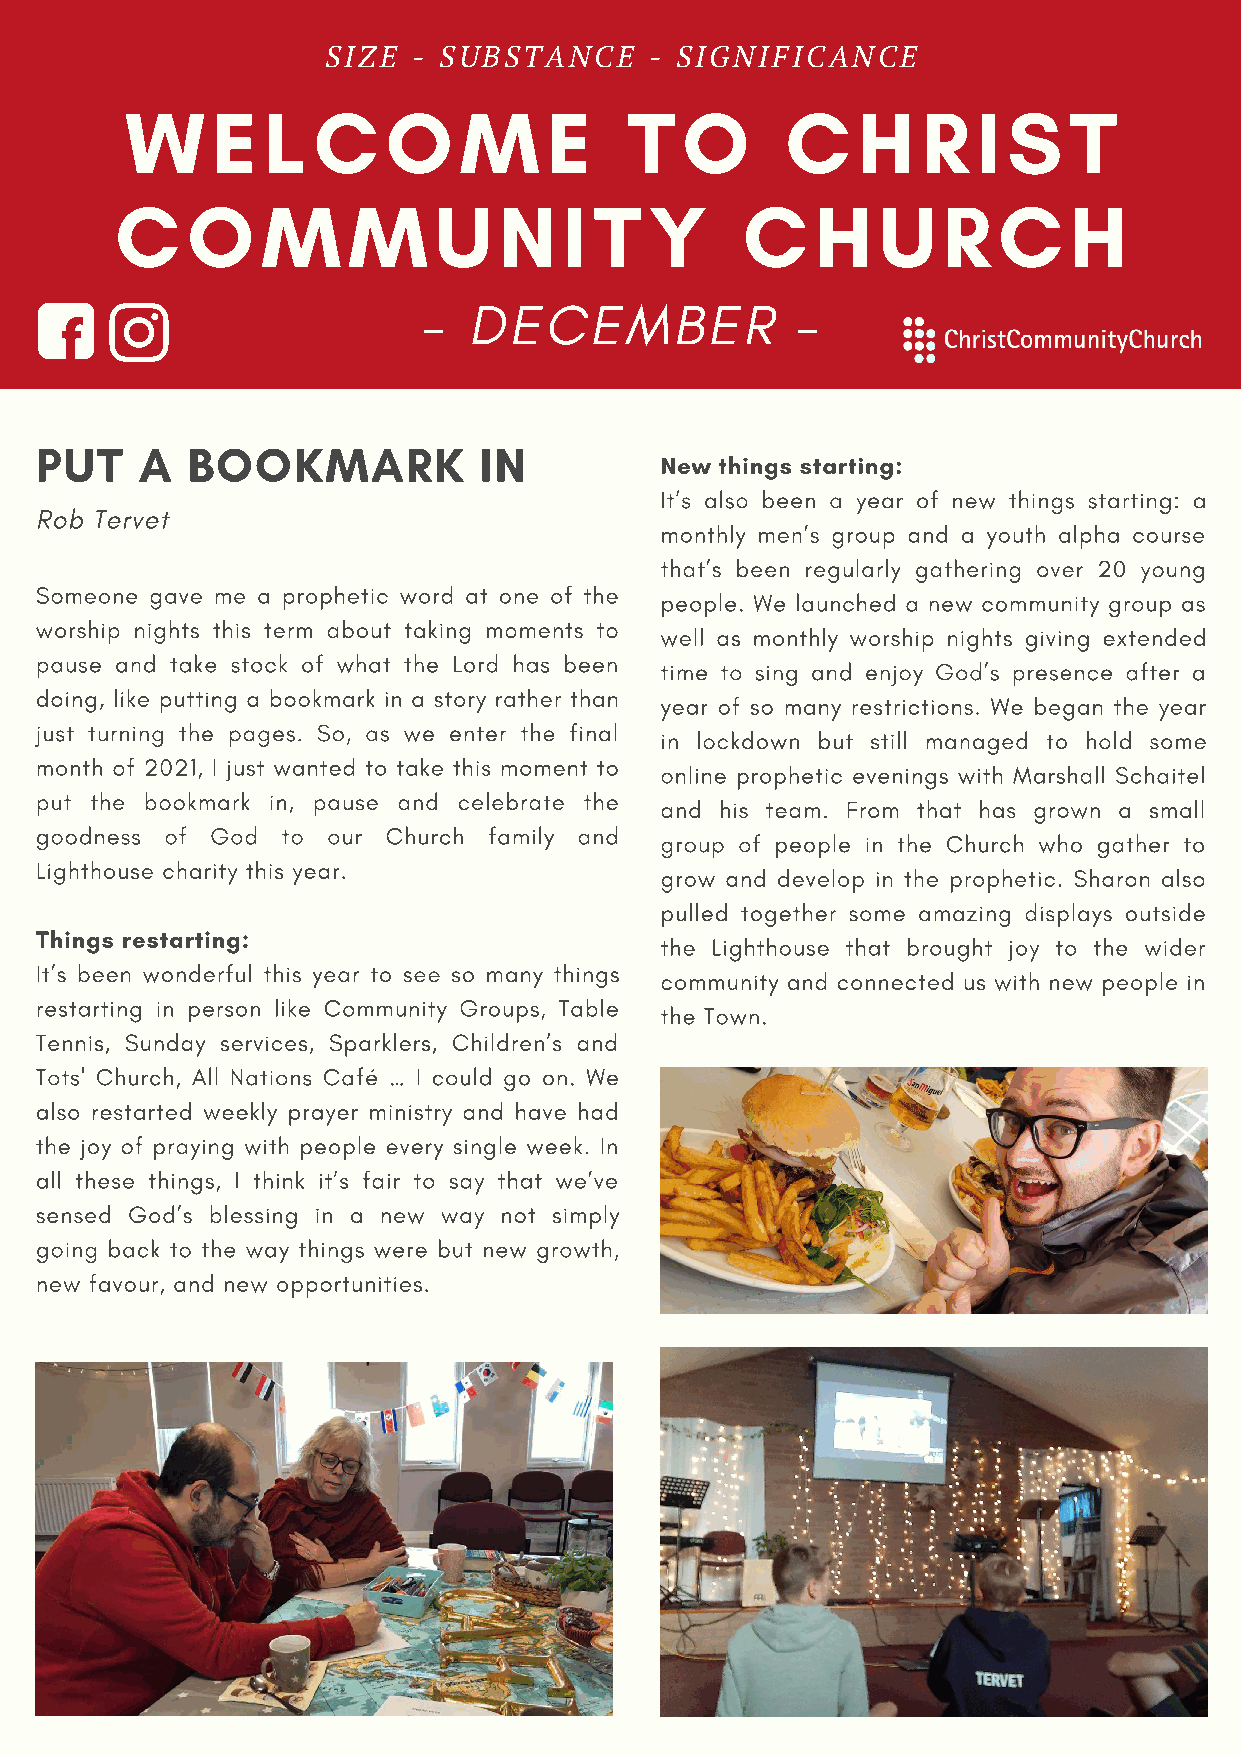
SIZE - SUBSTANCE     - SIGNIFICANCE
 W     E  L   C    O   M     E     T  O      C    H   R   I S   T
 C   O    M     M     U   N   I T   Y     C    H   U   R   C    H
 -  DECEMBER              -
 PUT    A  BOOKMARK            IN
 New things starting:
 It’s also been a year of new things starting: a
 Rob Tervet
 monthly men’s group and a youth alpha course
 that’s been regularly gathering over 20 young
 Someone gave me a prophetic word at one of the
 people. We launched a new community group as
 worship nights this term about taking moments to
 well as monthly worship nights giving extended
 pause and take stock of what the Lord has been
 time to sing and enjoy God’s presence after a
 doing, like putting a bookmark in a story rather than
 year of so many restrictions. We began the year
 just turning the pages. So, as we enter the final
 in lockdown but still managed to hold some
 month of 2021, I just wanted to take this moment to
 online prophetic evenings with Marshall Schaitel
 put the bookmark in, pause and celebrate the
 and his team. From that has grown a small
 goodness of God  to our Church family and
 group of people in the Church who gather to
 Lighthouse charity this year.
 grow and develop in the prophetic. Sharon also
 pulled together some amazing displays outside
 Things restarting:
 the Lighthouse that brought joy to the wider
 It’s been wonderful this year to see so many things
 community and connected us with new people in
 restarting in person like Community Groups, Table
 the Town.
 Tennis, Sunday services, Sparklers, Children’s and
 Tots' Church, All Nations Café … I could go on. We
 also restarted weekly prayer ministry and have had
 the joy of praying with people every single week. In
 all these things, I think it’s fair to say that we’ve
 sensed God’s blessing in a new way not simply
 going back to the way things were but new growth,
 new favour, and new opportunities.